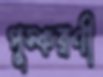
পুস্করণী